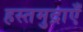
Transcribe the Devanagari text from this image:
हस्तमुद्राएँ